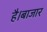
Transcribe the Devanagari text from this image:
है।बाजार